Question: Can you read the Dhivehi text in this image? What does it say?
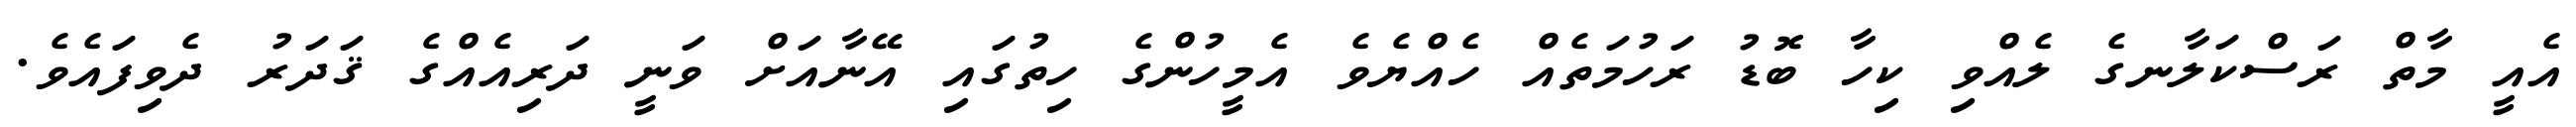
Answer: އެއީ މާތް ރަސްކަލާނގެ ލެއްވި ކިހާ ބޮޑު ރަހުމަތެއް ހެއްޔެވެ އެމީހުންގެ ހިތުގައި އޭނާއަށް ވަނީ ދަރިއެއްގެ ޤަދަރު ދެވިފައެވެ.